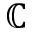
\mathbb { C }